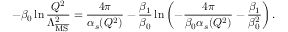
- \beta _ { 0 } \ln \frac { Q ^ { 2 } } { \Lambda _ { \overline { { \mathrm { M S } } } } ^ { 2 } } = \frac { 4 \pi } { \alpha _ { s } ( Q ^ { 2 } ) } - \frac { \beta _ { 1 } } { \beta _ { 0 } } \ln \left( - \frac { 4 \pi } { \beta _ { 0 } \alpha _ { s } ( Q ^ { 2 } ) } - \frac { \beta _ { 1 } } { \beta _ { 0 } ^ { 2 } } \right) .